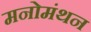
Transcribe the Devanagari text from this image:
मनोमंथन